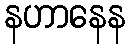
နဟာနေန